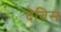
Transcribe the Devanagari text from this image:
देविस